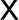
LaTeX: \mathsf X